Mental hospitals Bombay report 1929-33 - 1929-1933
Year: 1929
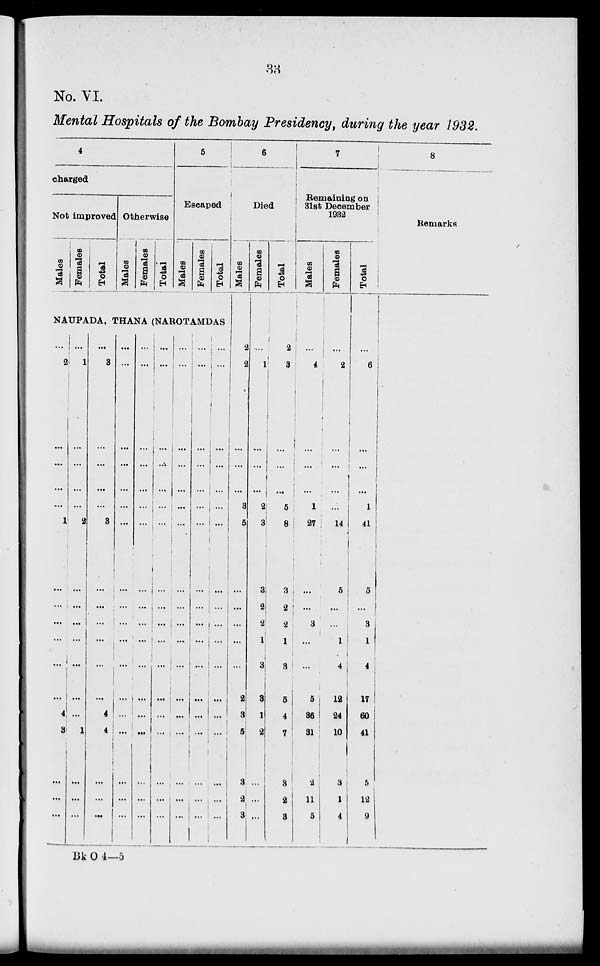
33
No. VI.
Mental Hospitals of the Bombay Presidency, during the year 1932.
4
charged
Not improved
Males
Females
Total
Otherwise
Males
Females
Total
5
Escaped
Males
Females
Total
NAUPADA, THANA (NAROTAMDAS
...
2
...
...
...
...
1
...
...
...
...
...
...
4
3
...
...
...
...
1
...
...
...
...
2
...
...
...
...
...
...
...
1
...
...
...
...
3
...
...
...
...
3
...
...
...
...
...
...
4
4
...
...
...
...
...
...
...
...
...
...
...
...
...
...
...
...
...
...
...
...
...
...
...
...
...
...
...
...
...
...
...
...
...
...
...
...
...
...
...
...
...
...
...
...
...
...
...
...
...
...
...
...
...
...
...
...
...
...
...
...
...
...
...
...
...
...
...
...
...
...
...
...
...
...
...
...
...
...
...
...
...
...
...
...
...
...
...
...
...
...
...
...
...
...
1
...
...
...
...
...
...
...
...
...
...
...
...
...
...
...
...
6
Died
Males
2
2
...
...
...
3
5
...
...
...
...
...
2
3
5
3
2
3
Females
...
1
4
...
...
2
3
3
2
2
1
3
3
1
2
...
...
...
Total
2
3
...
...
...
5
8
3
2
2
1
3
5
4
7
3
2
3
7
Remaining on
31st December
1932
Males
...
4
...
...
...
1
27
...
...
3
...
...
5
36
31
2
11
5
Females
...
2
...
...
...
...
14
5
...
...
1
4
12
24
10
3
1
4
Total
...
6
...
...
...
1
41
5
...
3
1
4
17
60
41
5
12
9
8
Remarks
Bk O 4—5